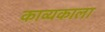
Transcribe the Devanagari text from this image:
काव्यकाला